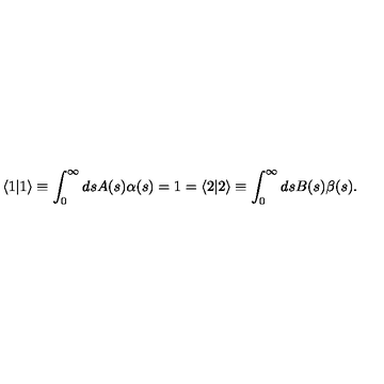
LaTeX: \langle 1 | 1 \rangle \equiv \int _ { 0 } ^ { \infty } d s A ( s ) \alpha ( s ) = 1 = \langle 2 | 2 \rangle \equiv \int _ { 0 } ^ { \infty } d s B ( s ) \beta ( s ) .